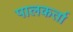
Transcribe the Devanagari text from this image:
पालकर्ता